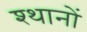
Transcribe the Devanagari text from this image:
श्थानों